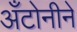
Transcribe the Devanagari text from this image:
अँटोनीने